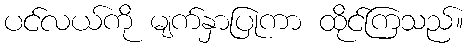
ပင်လယ်ကို မျက်နှာပြုကာ ထိုင်ကြသည်။